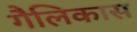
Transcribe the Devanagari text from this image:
गैलिकास